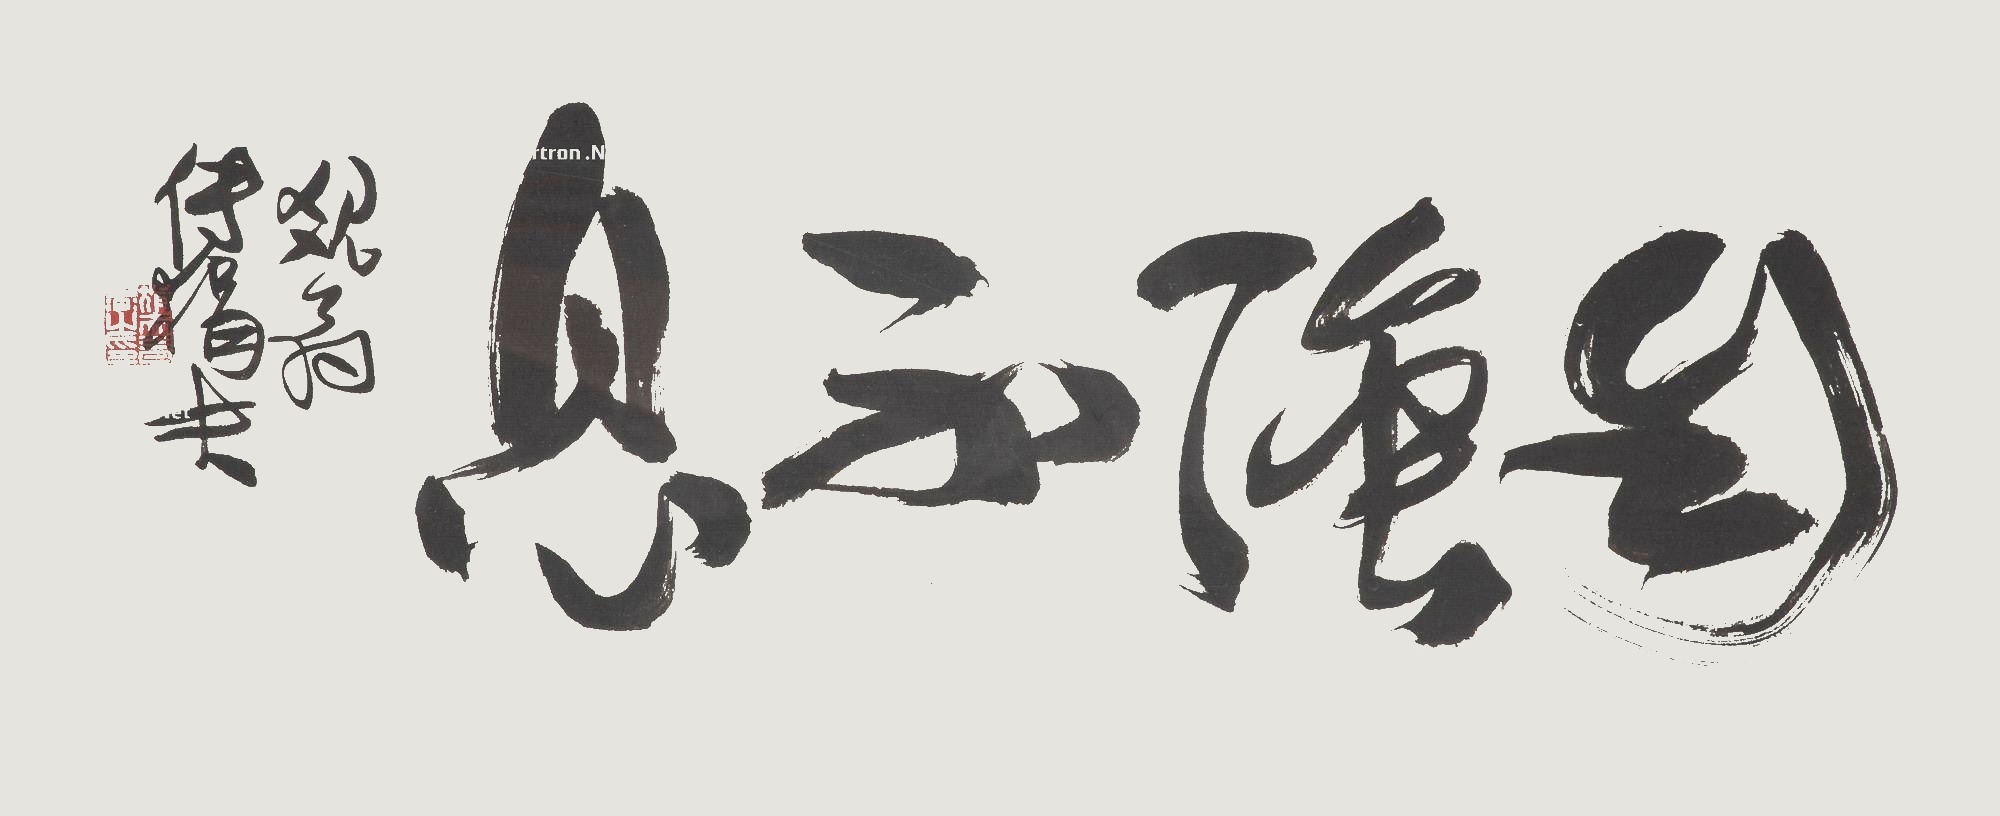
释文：自强不息。觉翁傅狷夫。